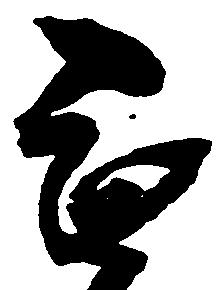
無